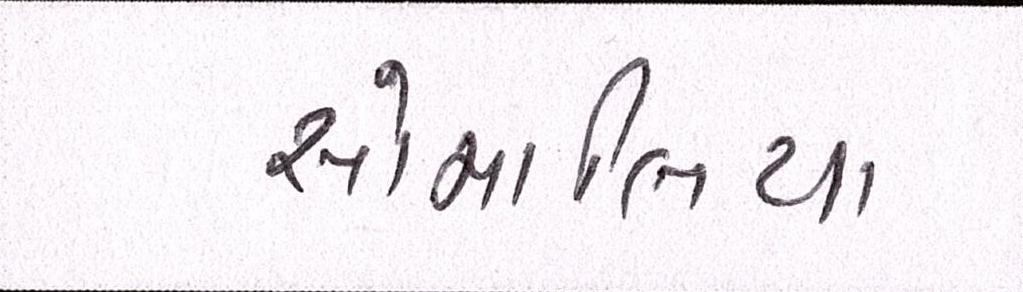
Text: સોમાલિયા